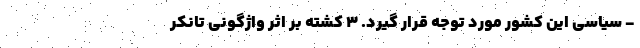
- سیاسی این کشور مورد توجه قرار گیرد. 3 کشته بر اثر واژگونی تانکر